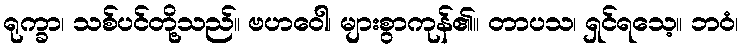
ရုက္ခာ၊ သစ်ပင်တို့သည်။ ဗဟဝေါ၊ များစွာကုန်၏။ တာပသ၊ ရှင်ရသေ့။ ဘဝံ၊